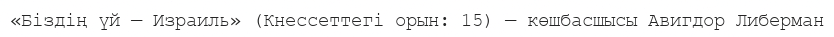
«Біздің үй — Израиль» (Кнессеттегі орын: 15) — көшбасшысы Авигдор Либерман